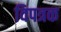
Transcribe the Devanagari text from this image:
विपत्रक